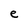
Character: e